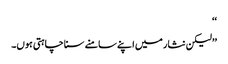
‘‘
’’لیکن نثار میں اپنے سامنے سنا چاہتی ہوں۔